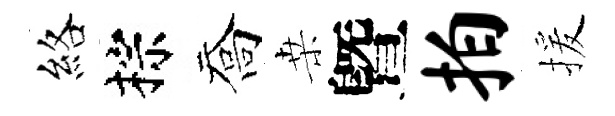
絡棕喬桒曁拍援